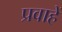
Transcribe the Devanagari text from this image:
प्रवाहें